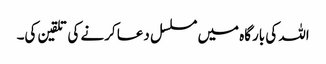
اللہ کی بارگاہ میں مسلسل دعا کرنے کی تلقین کی۔